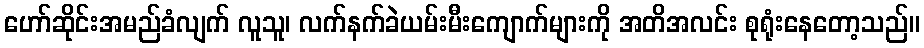
ဟော်ဆိုင်းအမည်ခံလျက် လူသူ၊ လက်နက်ခဲယမ်းမီးကျောက်များကို အတိအလင်း စုရုံးနေတော့သည်။